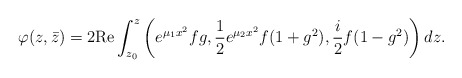
\begin{align*} \varphi(z,\bar{z})=2\mathrm{Re}\int^{z}_{z_0}\left(e^{\mu_1x^2}fg,\frac{1}{2}e^{\mu_2x^2}f(1+g^2),\frac{i}{2}f(1-g^2)\right)dz.\end{align*}